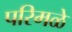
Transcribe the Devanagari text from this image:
परिमळे